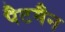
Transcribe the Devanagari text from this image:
पैटमैन